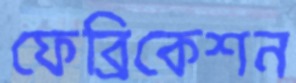
ফেব্রিকেশন